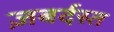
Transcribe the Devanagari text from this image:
ज़बर्दस्‍त